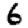
Digit: 6